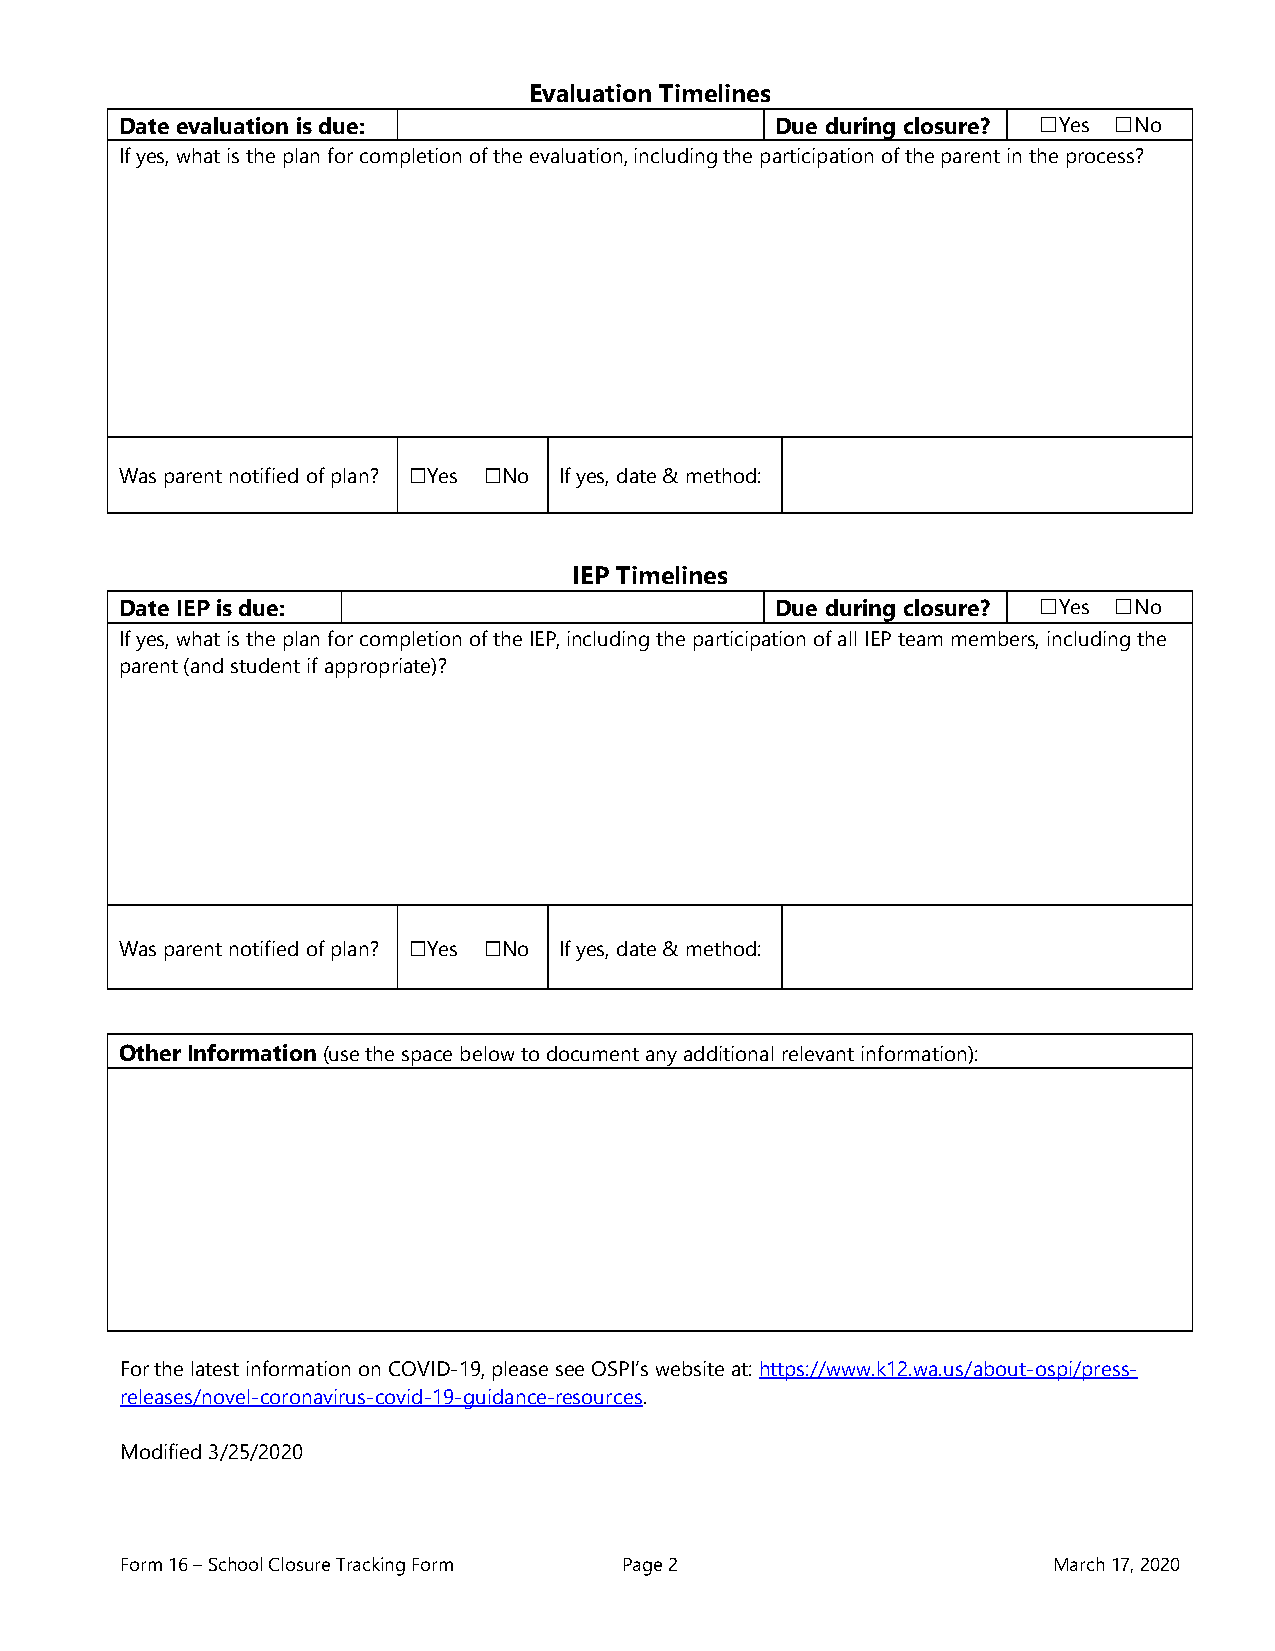
Evaluation Timelines
 Date evaluation is due:                    Due during closure?
 ☐Yes ☐No
 If yes, what is the plan for completion of the evaluation, including the participation of the parent in the process?
 Was parent notified of plan? Yes No If yes, date & method:
 ☐    ☐
 IEP Timelines
 Date IEP is due:                           Due during closure?
 ☐Yes ☐No
 If yes, what is the plan for completion of the IEP, including the participation of all IEP team members, including the
 parent (and student if appropriate)?
 Was parent notified of plan? Yes No If yes, date & method:
 ☐    ☐
 Other Information (use the space below to document any additional relevant information):
 For the latest information on COVID-19, please see OSPI’s website at: https://www.k12.wa.us/about-ospi/press-
 releases/novel-coronavirus-covid-19-guidance-resources.
 Modified 3/25/2020
 Form 16 – School Closure Tracking Form Page 2                 March 17, 2020